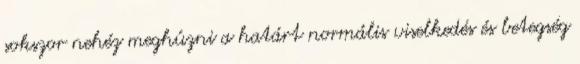
sokszor nehéz meghúzni a határt normális viselkedés és betegség